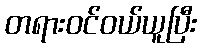
တရားဝင်ဝယ်ယူပြီး